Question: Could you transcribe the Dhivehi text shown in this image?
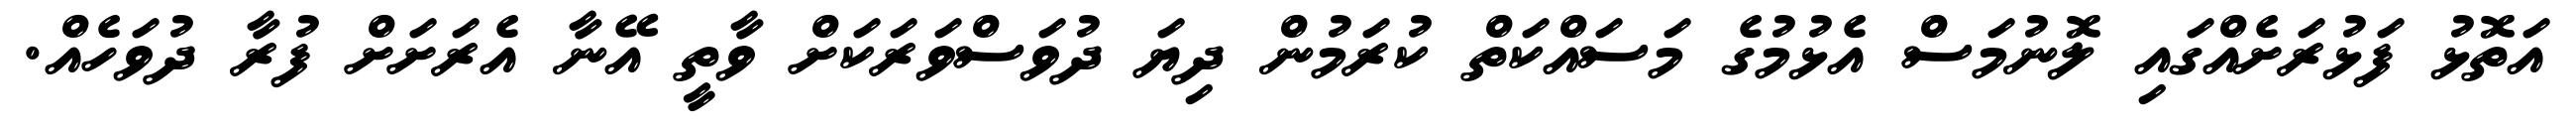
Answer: އަތޮޅު ފަޅުރަށެއްގައި ލޮނުމަސް އެޅުމުގެ މަސައްކަތް ކުރަމުން ދިޔަ ދުވަސްވަރަކަށް ވާތީ އޭނާ އެރަށަށް ފުރާ ދުވަހެއް.